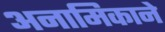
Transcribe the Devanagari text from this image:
अनामिकाने